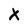
Character: X